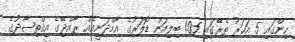
ހިންގައި 5 އަހަރު ތެރޭގައި 1.05 ބިލިއަން ޑޮލަރުގެ އާމްދަނީއެއް ރާއްޖޭގެ އިޤްތިޞާދުގެ